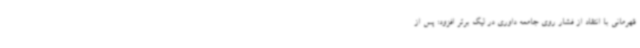
قهرمانی با انتقاد از فشار روی جامعه داوری در لیگ برتر افزود: پس از